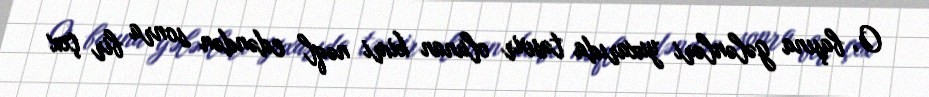
O, başına gələnləri yuxarıda təsvir olunan kimi nəql edəndən sonra bir çox